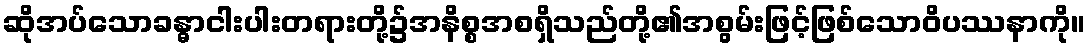
ဆိုအပ်သောခန္ဓာငါးပါးတရားတို့၌အနိစ္စအစရှိသည်တို့၏အစွမ်းဖြင့်ဖြစ်သောဝိပဿနာကို။